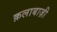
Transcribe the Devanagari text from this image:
क़लाबाज़ी